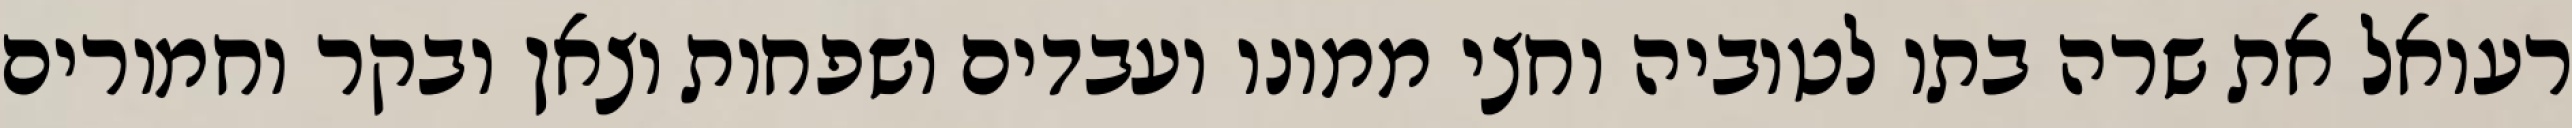
רעואל את שרה בתו לטוביה וחצי ממונו ועבדים ושפחות וצאן ובקר וחמורים